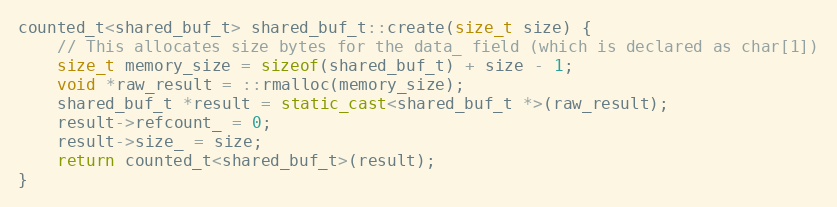
Language: C++
counted_t<shared_buf_t> shared_buf_t::create(size_t size) {
    // This allocates size bytes for the data_ field (which is declared as char[1])
    size_t memory_size = sizeof(shared_buf_t) + size - 1;
    void *raw_result = ::rmalloc(memory_size);
    shared_buf_t *result = static_cast<shared_buf_t *>(raw_result);
    result->refcount_ = 0;
    result->size_ = size;
    return counted_t<shared_buf_t>(result);
}